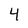
Character: 4